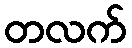
တလက်